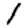
Digit: 1